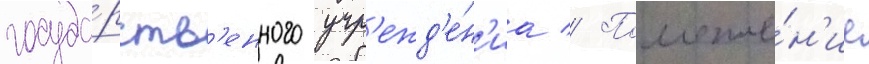
госуда́рств'енного учр'ежд'е́н'иа // Положе́н'ие